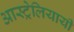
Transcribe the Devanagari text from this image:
आस्ट्रेलियायी